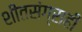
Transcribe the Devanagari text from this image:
शीतसंग्राही